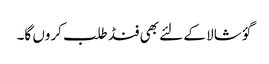
گؤ شالا کے لئے بھی فنڈ طلب کروں گا۔